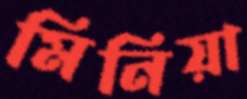
মিনিয়া